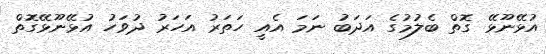
އުޅޭނޫޅޭ ގޮތް ބެލުމުގެ އަދަބު ނަމަ އެއީ ހަތަރު އަހަރު ދުވަހު އުޅޭނޫޅޭގޮތް